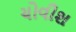
ચોવીશ